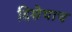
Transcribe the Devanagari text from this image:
दिशेचाच